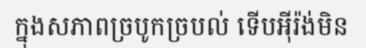
ក្នុងសភាពច្របូកច្របល់ ទើបអ៊ីរ៉ង់មិន